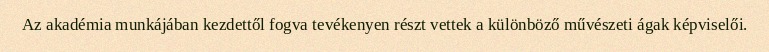
Az akadémia munkájában kezdettől fogva tevékenyen részt vettek a különböző művészeti ágak képviselői.